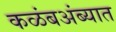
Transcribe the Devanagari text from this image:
कळंबअंब्यात